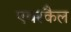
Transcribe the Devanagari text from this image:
एयरकैल